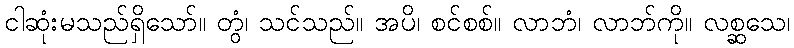
ငါဆုံးမသည်ရှိသော်။ တွံ၊ သင်သည်။ အပိ၊ စင်စစ်။ လာဘံ၊ လာဘ်ကို။ လစ္ဆသေ၊